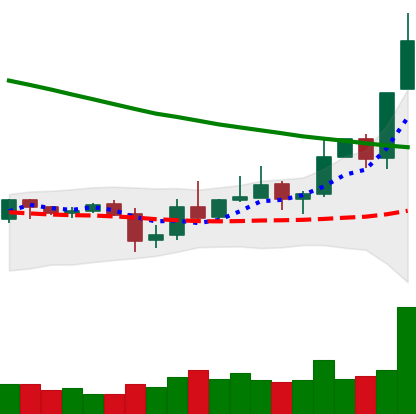
Ticker: XLM-USD
Chart end date: 2019-11-05
Forward return: -4.79%
Label: down_3_5